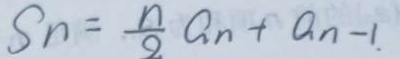
S _ { n } = \frac { n } { 2 } a _ { n } + a _ { n - 1 } .